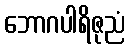
ဘောဂပါရိဇုညံ